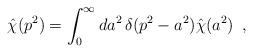
LaTeX: \begin{align*}\hat\chi(p^2) = \int_{0}^{\infty} da^2\,\delta(p^2 - a^2) \hat\chi(a^2)\,\,\,,\end{align*}